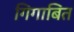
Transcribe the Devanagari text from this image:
गिगाबित